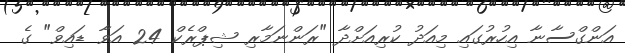
އަންގްސާނާ އިހުރުގައި މިއަދު ކުރިއަށްދާ "ރަންނަމާރި ޝިޕްރެކް 24 އަވާ ޑައިވް" ގެ